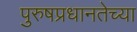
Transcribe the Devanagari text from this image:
पुरुषप्रधानतेच्या